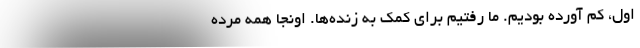
اول، كم آورده بوديم. ما رفتيم براي كمك به زنده‌ها. اونجا همه مرده